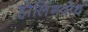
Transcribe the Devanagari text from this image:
होलिंगवोर्थ